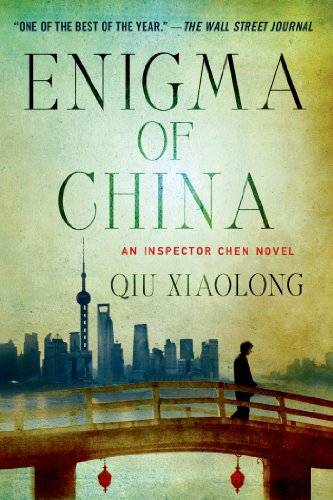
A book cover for Enigma of China: An Inspector Chen Novel (Inspector Chen Cao); Qiu Xiaolong; Literature & Fiction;